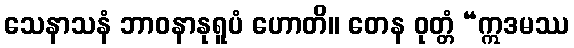
သေနာသနံ ဘာဝနာနုရူပံ ဟောတိ။ တေန ဝုတ္တံ “ဣဒမဿ